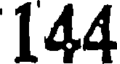
144